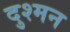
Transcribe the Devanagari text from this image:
दुश्‍मन